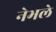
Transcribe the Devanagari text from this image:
नेभले